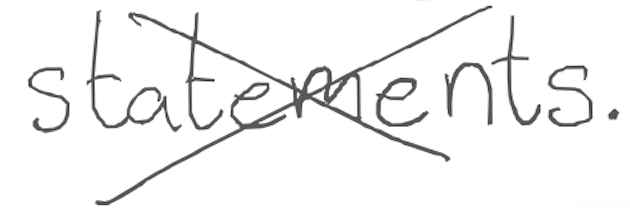
Text: statements.
Cross-out: mix
Writing tool: digital_gray